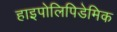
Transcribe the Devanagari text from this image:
हाइपोलिपिडेमिक